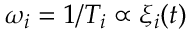
\omega _ { i } = 1 / T _ { i } \propto \xi _ { i } ( t )